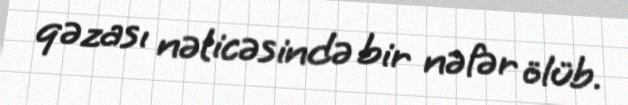
qəzası nəticəsində bir nəfər ölüb.